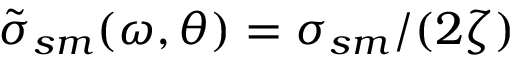
\tilde { \sigma } _ { s m } ( \omega , \theta ) = \sigma _ { s m } / ( 2 \zeta )